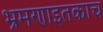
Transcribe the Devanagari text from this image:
भ्रमणाइतकाच